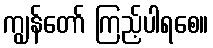
ကျွန်တော် ကြည့်ပါရစေ။